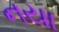
નયા